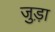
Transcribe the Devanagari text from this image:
जुड़़ा